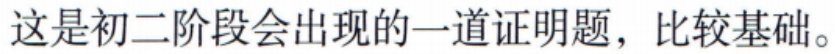
这是初二阶段会出现的一道证明题，比较基础。